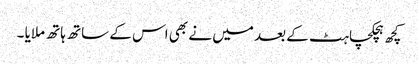
کچھ ہچکچاہٹ کے بعد میں نے بھی اس کے ساتھ ہاتھ ملایا ۔